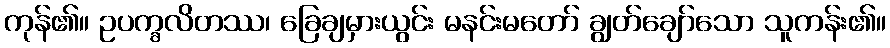
ကုန်၏။ ဥပက္ခလိတဿ၊ ခြေချမှားယွင်း မနင်းမတော် ချွတ်ချော်သော သူကန်း၏။